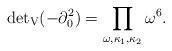
LaTeX: \begin{align*}{\det}_{\rm V} (-\partial_0^2)= \prod_{\omega,\kappa_1,\kappa_2} \omega^6.\end{align*}